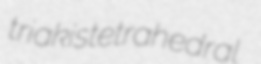
triakistetrahedral